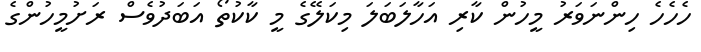
ހެހެހެ ހިންނަވަރު މީހުން ކާރި އަހާލަބަލަ މިކަލޭގެ މީ ކާކުތޯ އަބަދުވެސް ރަށުމީހުންގެ